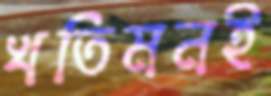
খতিমনই